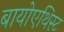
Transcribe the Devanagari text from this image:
बायोएथिस्ट